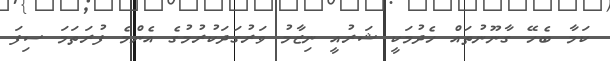
ކަމާ ބެހޭ ގާނޫނުތައް ހެދުމަކީ ޝަރުއީ ނިޒާމު ވަރުގަދަކުރުމުގެ އެންމެ ފުރަތަމަ ސިފަ